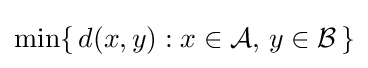
\min\{\,d(x,y):x\in {\mathcal {A}},\,y\in {\mathcal {B}}\,\}